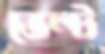
ভেল্ট